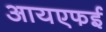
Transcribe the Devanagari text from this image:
आयएफई